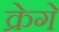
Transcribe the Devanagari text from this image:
क्रेगे